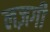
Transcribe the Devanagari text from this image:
लज़गी